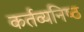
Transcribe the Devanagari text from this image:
कर्तव्‍यनिष्‍ठ